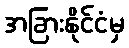
အခြားနိုင်ငံမှ